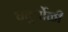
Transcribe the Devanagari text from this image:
चतुर्थोळी